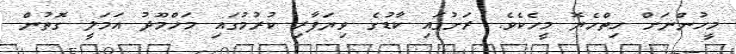
މީހުންނަށް ހިތްހެޔޮ މީހެކެވެ. ރަށުގައި ކާޑުގެ ވިޔަފާރި ކުރުމުގައި މަހްމޫދު އަމަލީ ގޮތުން